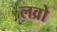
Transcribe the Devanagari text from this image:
लव्रो